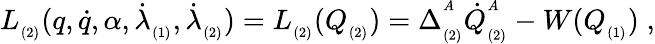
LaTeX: L_{_{(2)}}(q,\dot{q},\alpha,\dot{\lambda}_{_{(1)}},\dot{\lambda}_{_{(2)}})=L_{_{(2)}}(Q_{_{(2)}})=\Delta_{_{(2)}}^{^A}\dot{Q}_{_{(2)}}^{^A}-W(Q_{_{(1)}})\; ,